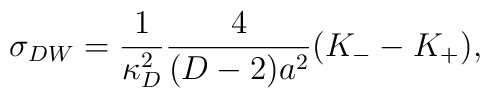
\sigma_{DW}={1\over{\kappa^2_D}}{4\over{(D-2)a^2}}(K_--K_+),